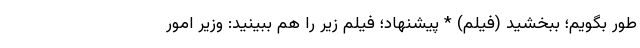
طور بگویم؛ ببخشید (فیلم) * پیشنهاد؛ فیلم‌ زیر را هم ببینید: وزیر امور